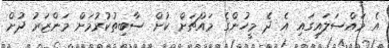
އެ މައްސަލައިގައި އެ ދެ މީހުންގެ މައްޗަށް ކުށް ސާބިތުކުރުމަށް މަންޒަރު ދުށް